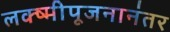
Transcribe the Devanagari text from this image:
लक्ष्मीपूजनानंतर